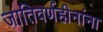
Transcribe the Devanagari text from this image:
जातिवर्णहीनांना